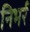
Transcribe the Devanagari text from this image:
निभर्र